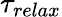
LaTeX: \tau_{relax}